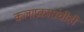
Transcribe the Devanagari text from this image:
कलाप्रकारांचीही